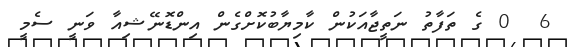
6  0 ގެ ތަފާތު ނަތީޖާއަކުން ކާމިޔާބުކޮށްގެން އިންޑޮނޭޝިއާ ވަނީ ސެމީ